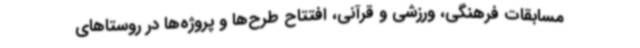
مسابقات فرهنگی، ورزشی و قرآنی، افتتاح طرح‌ها و پروژه‌ها در روستاهای